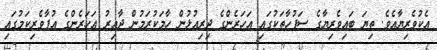
އެކުވެރިޔާއެވެ. ތިޔަ ބައިވެރިޔާގެ ސަފުހާތަކުގައި އަހަރެންގެ ދިރިއުޅުން ހާމަކުރަމުން ދާއިރު އަހަރެންގެ އުފާވެރިކަމުގައި